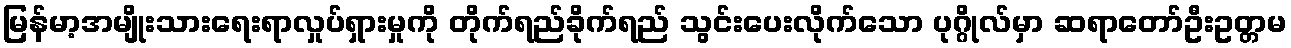
မြန်မာ့အမျိုးသားရေးရာလှုပ်ရှားမှုကို တိုက်ရည်ခိုက်ရည် သွင်းပေးလိုက်သော ပုဂ္ဂိုလ်မှာ ဆရာတော်ဦးဥတ္တမ